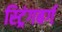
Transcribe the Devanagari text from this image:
स्ट्रिंगबर्ग